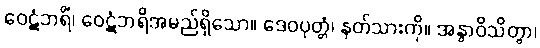
ဝေဋံဘရိံ၊ ဝေဋံဘရိအမည်ရှိသော။ ဒေဝပုတ္တံ၊ နတ်သားကို။ အနွာဝိသိတွာ၊